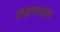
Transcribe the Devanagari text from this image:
लक्षणाजन्य